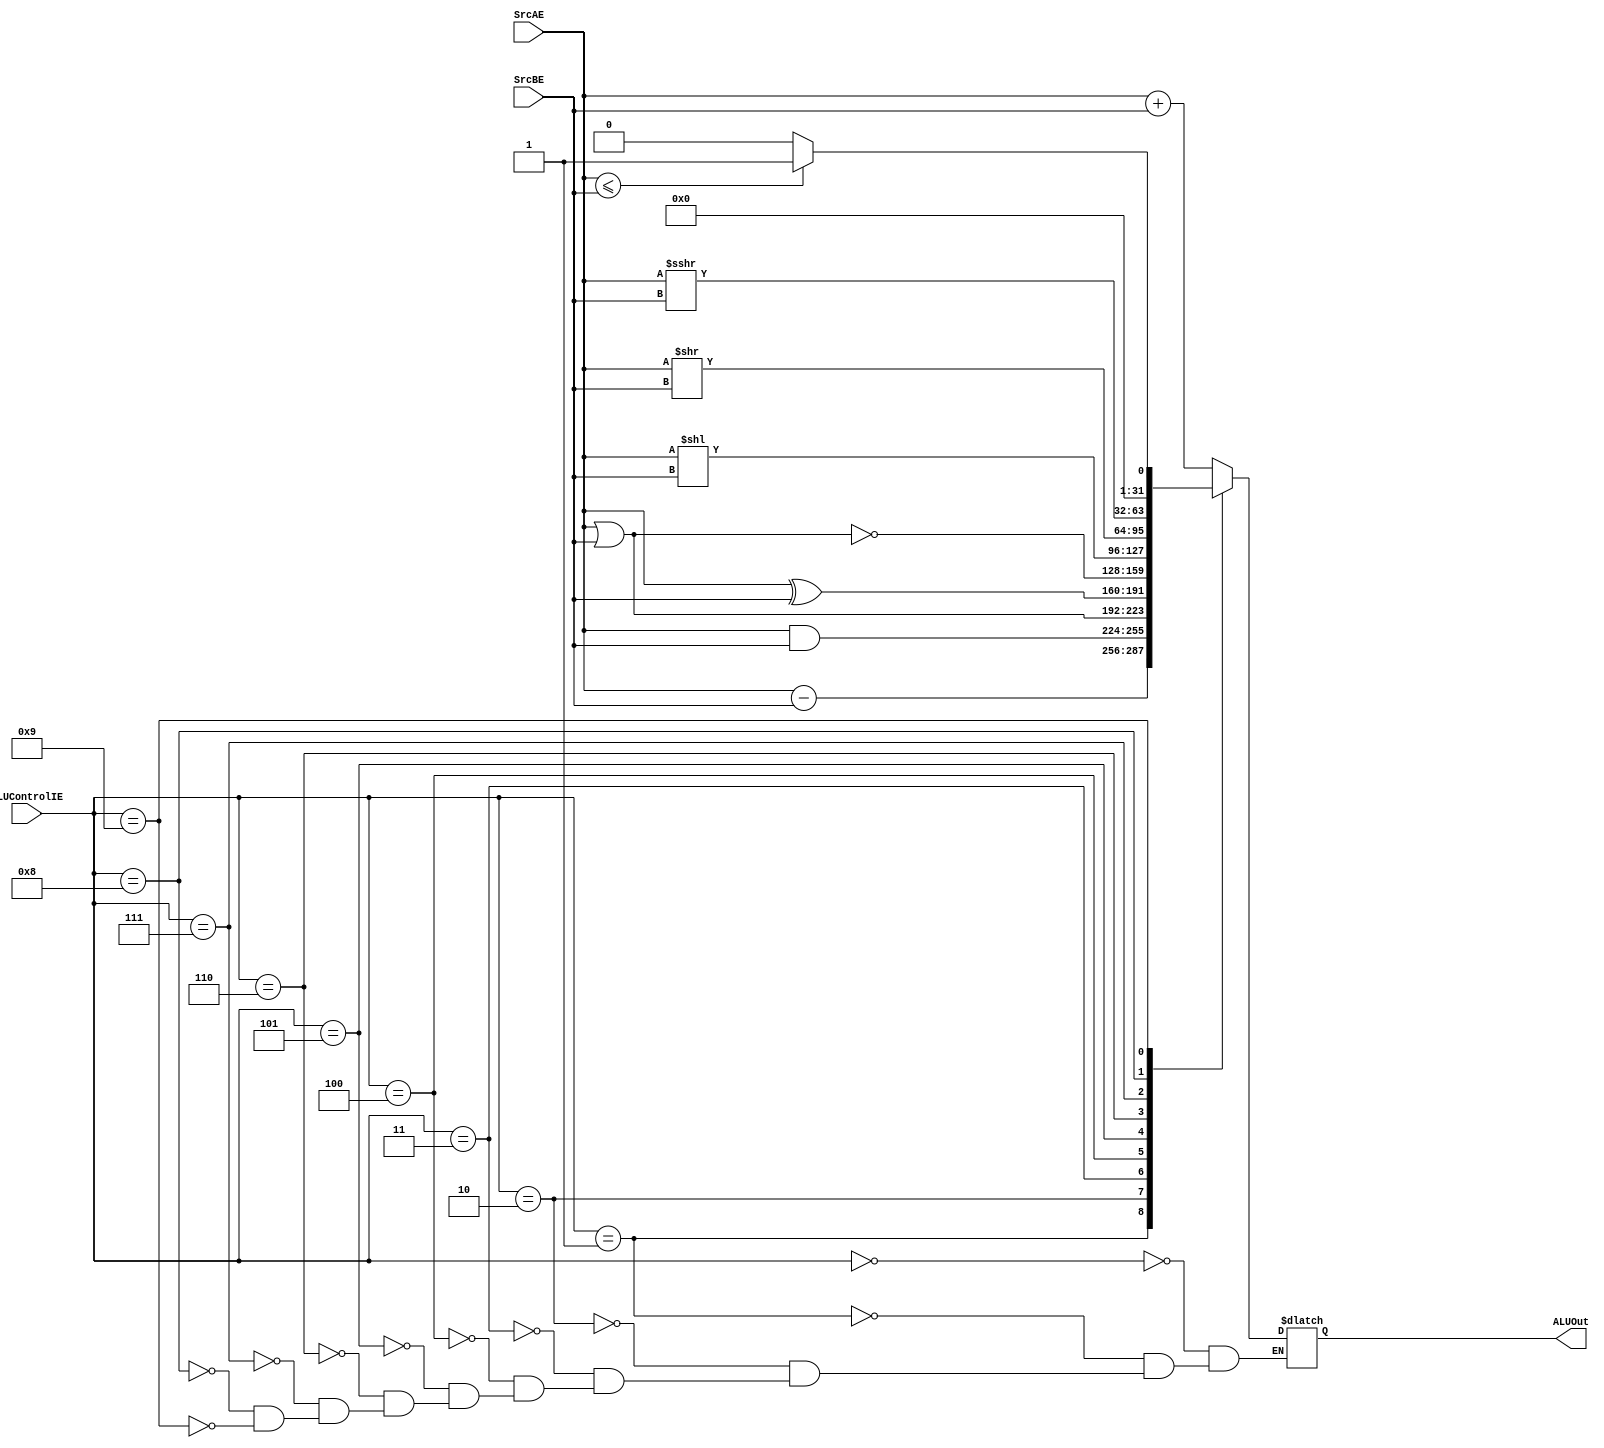
`timescale 1ns / 1ps
//////////////////////////////////////////////////////////////////////////////////
// Company: 
// Engineer: 
// 
// Design Name: 
// Module Name:    alu_exec 
// Project Name: 
// Target Devices: 
// Tool versions: 
// Description: 
//
// Dependencies: 
//
// Revision: 
// Revision 0.01 - File Created
// Additional Comments: 
//
//////////////////////////////////////////////////////////////////////////////////
module alu_exec
(
	input signed [31:0]SrcAE,
	input signed [31:0]SrcBE,
	input wire [3:0]ALUControlIE,
	output reg	[31:0]ALUOut
//	output reg zero
);

	

	always @(*)
	begin
		 case(ALUControlIE)
			 4'b0000: 	ALUOut <= SrcAE + SrcBE; // suma
			 4'b0001: 	ALUOut <= SrcAE - SrcBE; //resta
			 4'b0010: 	ALUOut <= SrcAE & SrcBE; //and
			 4'b0011: 	ALUOut <= SrcAE | SrcBE; //or
			 4'b0100: 	ALUOut <= SrcAE ^ SrcBE; //xor
			 4'b0101: 	ALUOut <= ~(SrcAE | SrcBE); //nor
			 4'b0110: 	ALUOut <= SrcAE << SrcBE; //shift logico izquierza 
			 4'b0111: 	ALUOut <= SrcAE >> SrcBE;//shift logico derecha.
			 4'b1000: 	ALUOut <= SrcAE >>> SrcBE; //shift aritmetico derecha
			 4'b1001:	begin  //SLT
								if(SrcAE <= SrcBE)
									ALUOut <= 1;
								else 
									ALUOut <= 0;
							end
		 default: 	ALUOut <= ALUOut;
		 endcase
		 
//		 if(result == 0)
//			zero <= 1;
//		 else
//			zero <= 0;
	end


endmodule